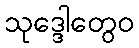
သုဒ္ဒေါတွေဝ